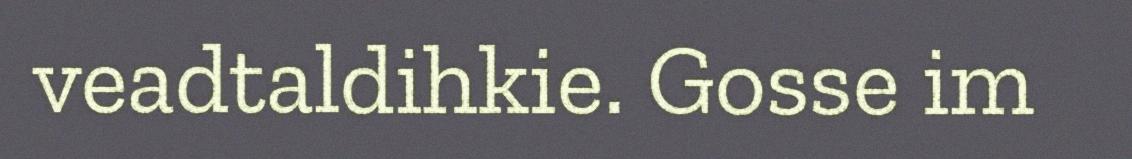
veadtaldihkie. Gosse im